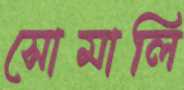
সোমালি